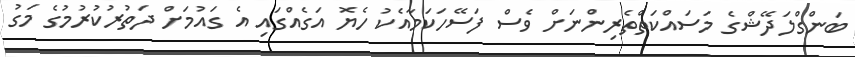
ބަންގްލަދޭޝްގެ މަސައްކަތްތެރިންނަށް ވެސް ފަސޭހަކަމާއެކު ހެޔޮ އަގެއްގައި އެ ގައުމަށް ދަތުރުކުރުމުގެ މަގު